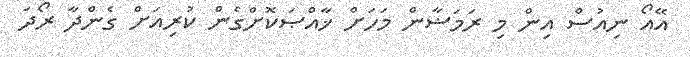
އޭއޯ ނިއުސް އިން މި ރަމަޟާން މަހަށް ޚާއްޞަކޮށްގެން ކުރިއަށް ގެންދާ ރޯދަ